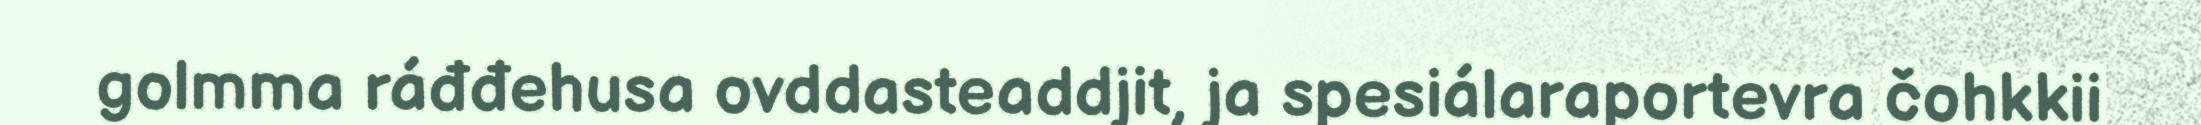
golmma ráđđehusa ovddasteaddjit, ja spesiálaraportevra čohkkii